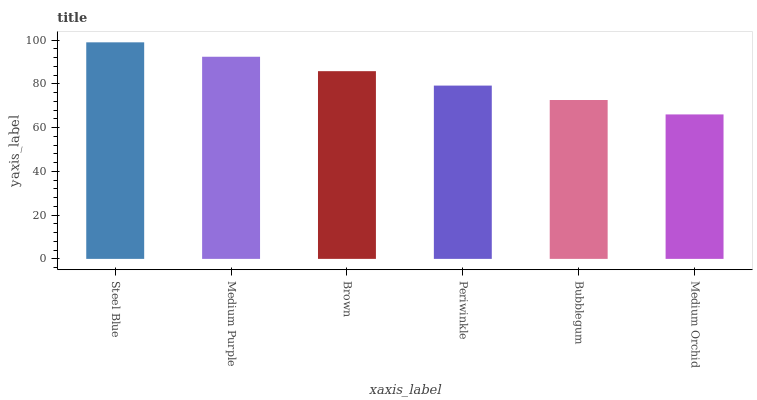
| xaxis_label | bars |
 | --- | --- |
 | Steel Blue | 99 |
 | Medium Purple | 92.4 |
 | Brown | 85.8 |
 | Periwinkle | 79.2 |
 | Bubblegum | 72.6 |
 | Medium Orchid | 66 |